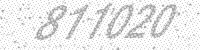
Solution: 811020